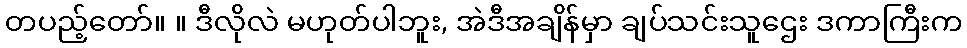
တပည့်တော်။ ။ ဒီလိုလဲ မဟုတ်ပါဘူး, အဲဒီအချိန်မှာ ချပ်သင်းသူဌေး ဒကာကြီးက